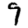
Digit: 9